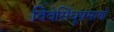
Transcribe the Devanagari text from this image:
विवेसिंधूप्रमाणे